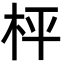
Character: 枰